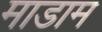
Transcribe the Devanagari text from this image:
माडाम